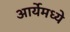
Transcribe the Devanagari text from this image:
आर्येमध्ये